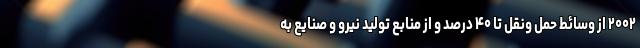
۲۰۰۲ از وسائط حمل ونقل تا ۴۰ درصد و از منابع تولید نیرو و صنایع به